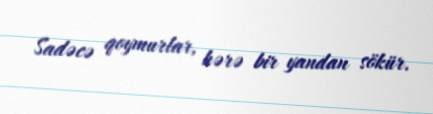
Sadəcə qoymurlar, hərə bir yandan sökür.